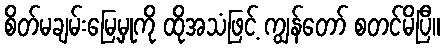
စိတ်မချမ်းမြေ့မှုကို ထိုအသံဖြင့် ကျွန်တော် စတင်မိပြီ။